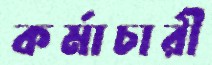
কর্মাচারী